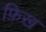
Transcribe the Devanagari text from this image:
फ़िख